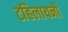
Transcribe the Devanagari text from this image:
टहिलायनी